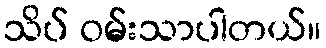
သိပ် ဝမ်းသာပါတယ်။